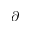
\partial